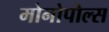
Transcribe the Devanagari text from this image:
मोनोपोल्स